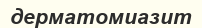
дерматомиазит